Indian journal of veterinary science and animal husbandry - Volumes 24-25, 1954-1955
Year: 1954
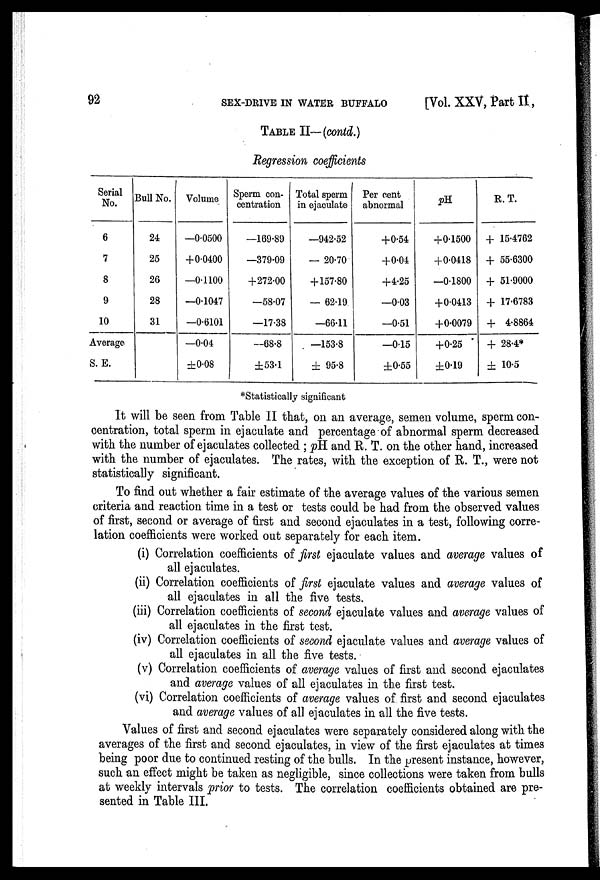
92
SEX-DRIVE IN WATER BUFFALO
[Vol. XXV, Part II,
TABLE II—(contd.)
Regression coefficients
Serial
No.
6
7
8
9
10
Average
S. E.
Bull No.
24
25
26
28
31
Volume
—0.0500
+0.0400
—0.1100
—0.1047
—0.6101
—0.04
±0.08
Sperm con-
centration
—169.89
—379.09
+272.00
—58.07
—17.38
—68.8
±53.1
Total sperm
in ejaculate
—942.52
— 20.70
+157.80
— 62.19
—66.11
—153.8
± 95.8
Per cent
abnormal
+0.54
+0.04
+4.25
—0.03
—0.51
—0.15
±0.55
pH
+0.1500
+0.0418
—0.1800
+0.0413
+0.0079
+0.25
±0.19
R. T.
+ 15.4762
+ 55.6300
+ 51.9000
+ 17.6783
+ 4.8864
+ 28.4*
± 10.5
*Statistically significant
It will be seen from Table II that, on an average, semen volume, sperm con-
centration, total sperm in ejaculate and percentage of abnormal sperm decreased
with the number of ejaculates collected ; pH and R. T. on the other hand, increased
with the number of ejaculates. The rates, with the exception of R. T., were not
statistically significant.
To find out whether a fair estimate of the average values of the various semen
criteria and reaction time in a test or tests could be had from the observed values
of first, second or average of first and second ejaculates in a test, following corre-
lation coefficients were worked out separately for each item.
(i) Correlation coefficients of first ejaculate values and average values of
all ejaculates.
(ii) Correlation coefficients of first ejaculate values and average values of
all ejaculates in all the five tests.
(iii) Correlation coefficients of second ejaculate values and average values of
all ejaculates in the first test.
(iv) Correlation coefficients of second ejaculate values and average values of
all ejaculates in all the five tests.
(v) Correlation coefficients of average values of first and second ejaculates
and average values of all ejaculates in the first test.
(vi) Correlation coefficients of average values of first and second ejaculates
and average values of all ejaculates in all the five tests.
Values of first and second ejaculates were separately considered along with the
averages of the first and second ejaculates, in view of the first ejaculates at times
being poor due to continued resting of the bulls. In the present instance, however,
such an effect might be taken as negligible, since collections were taken from bulls
at weekly intervals prior to tests. The correlation coefficients obtained are pre-
sented in Table III.